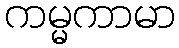
ကမ္မကာမာ